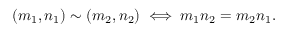
\left( m _ { 1 } , n _ { 1 } \right) \sim \left( m _ { 2 } , n _ { 2 } \right) \iff m _ { 1 } n _ { 2 } = m _ { 2 } n _ { 1 } .